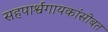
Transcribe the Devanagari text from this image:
सहपार्श्वगायकांसोबत